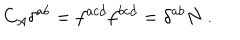
LaTeX: C _ { A } \delta ^ { a b } = f ^ { a c d } f ^ { b c d } = \delta ^ { a b } N \ .